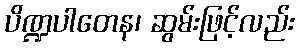
ပိဏ္ဍပါတေန၊ ဆွမ်းဖြင့်လည်း